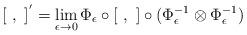
LaTeX: \begin{align*}[ \ , \ ]^{'}=\lim_{\epsilon \to 0}\Phi_{\epsilon}\circ [ \ , \ ]\circ (\Phi_{\epsilon}^{-1} \otimes \Phi_{\epsilon}^{-1})\end{align*}